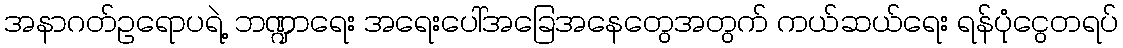
အနာဂတ်ဥရောပရဲ့ ဘဏ္ဍာရေး အရေးပေါ်အခြေအနေတွေအတွက် ကယ်ဆယ်ရေး ရန်ပုံငွေတရပ်